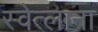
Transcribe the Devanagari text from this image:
स्वेत्लाना